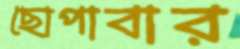
ছোপাবার